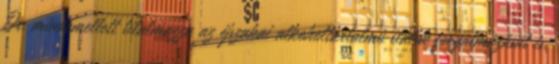
Ör. mindemellett tilalmazza az éjszakai alkoholtartalmú italok forgalmazását is.